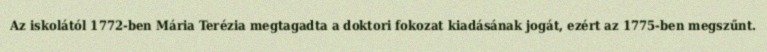
Az iskolától 1772-ben Mária Terézia megtagadta a doktori fokozat kiadásának jogát, ezért az 1775-ben megszűnt.